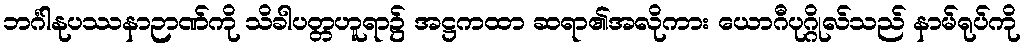
ဘင်္ဂါနုပဿနာဉာဏ်ကို သိခါပတ္တဟူရာ၌ အဋ္ဌကထာ ဆရာ၏အလိုကား ယောဂီပုဂ္ဂိုလ်သည် နာမ်ရုပ်ကို